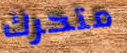
متحرك